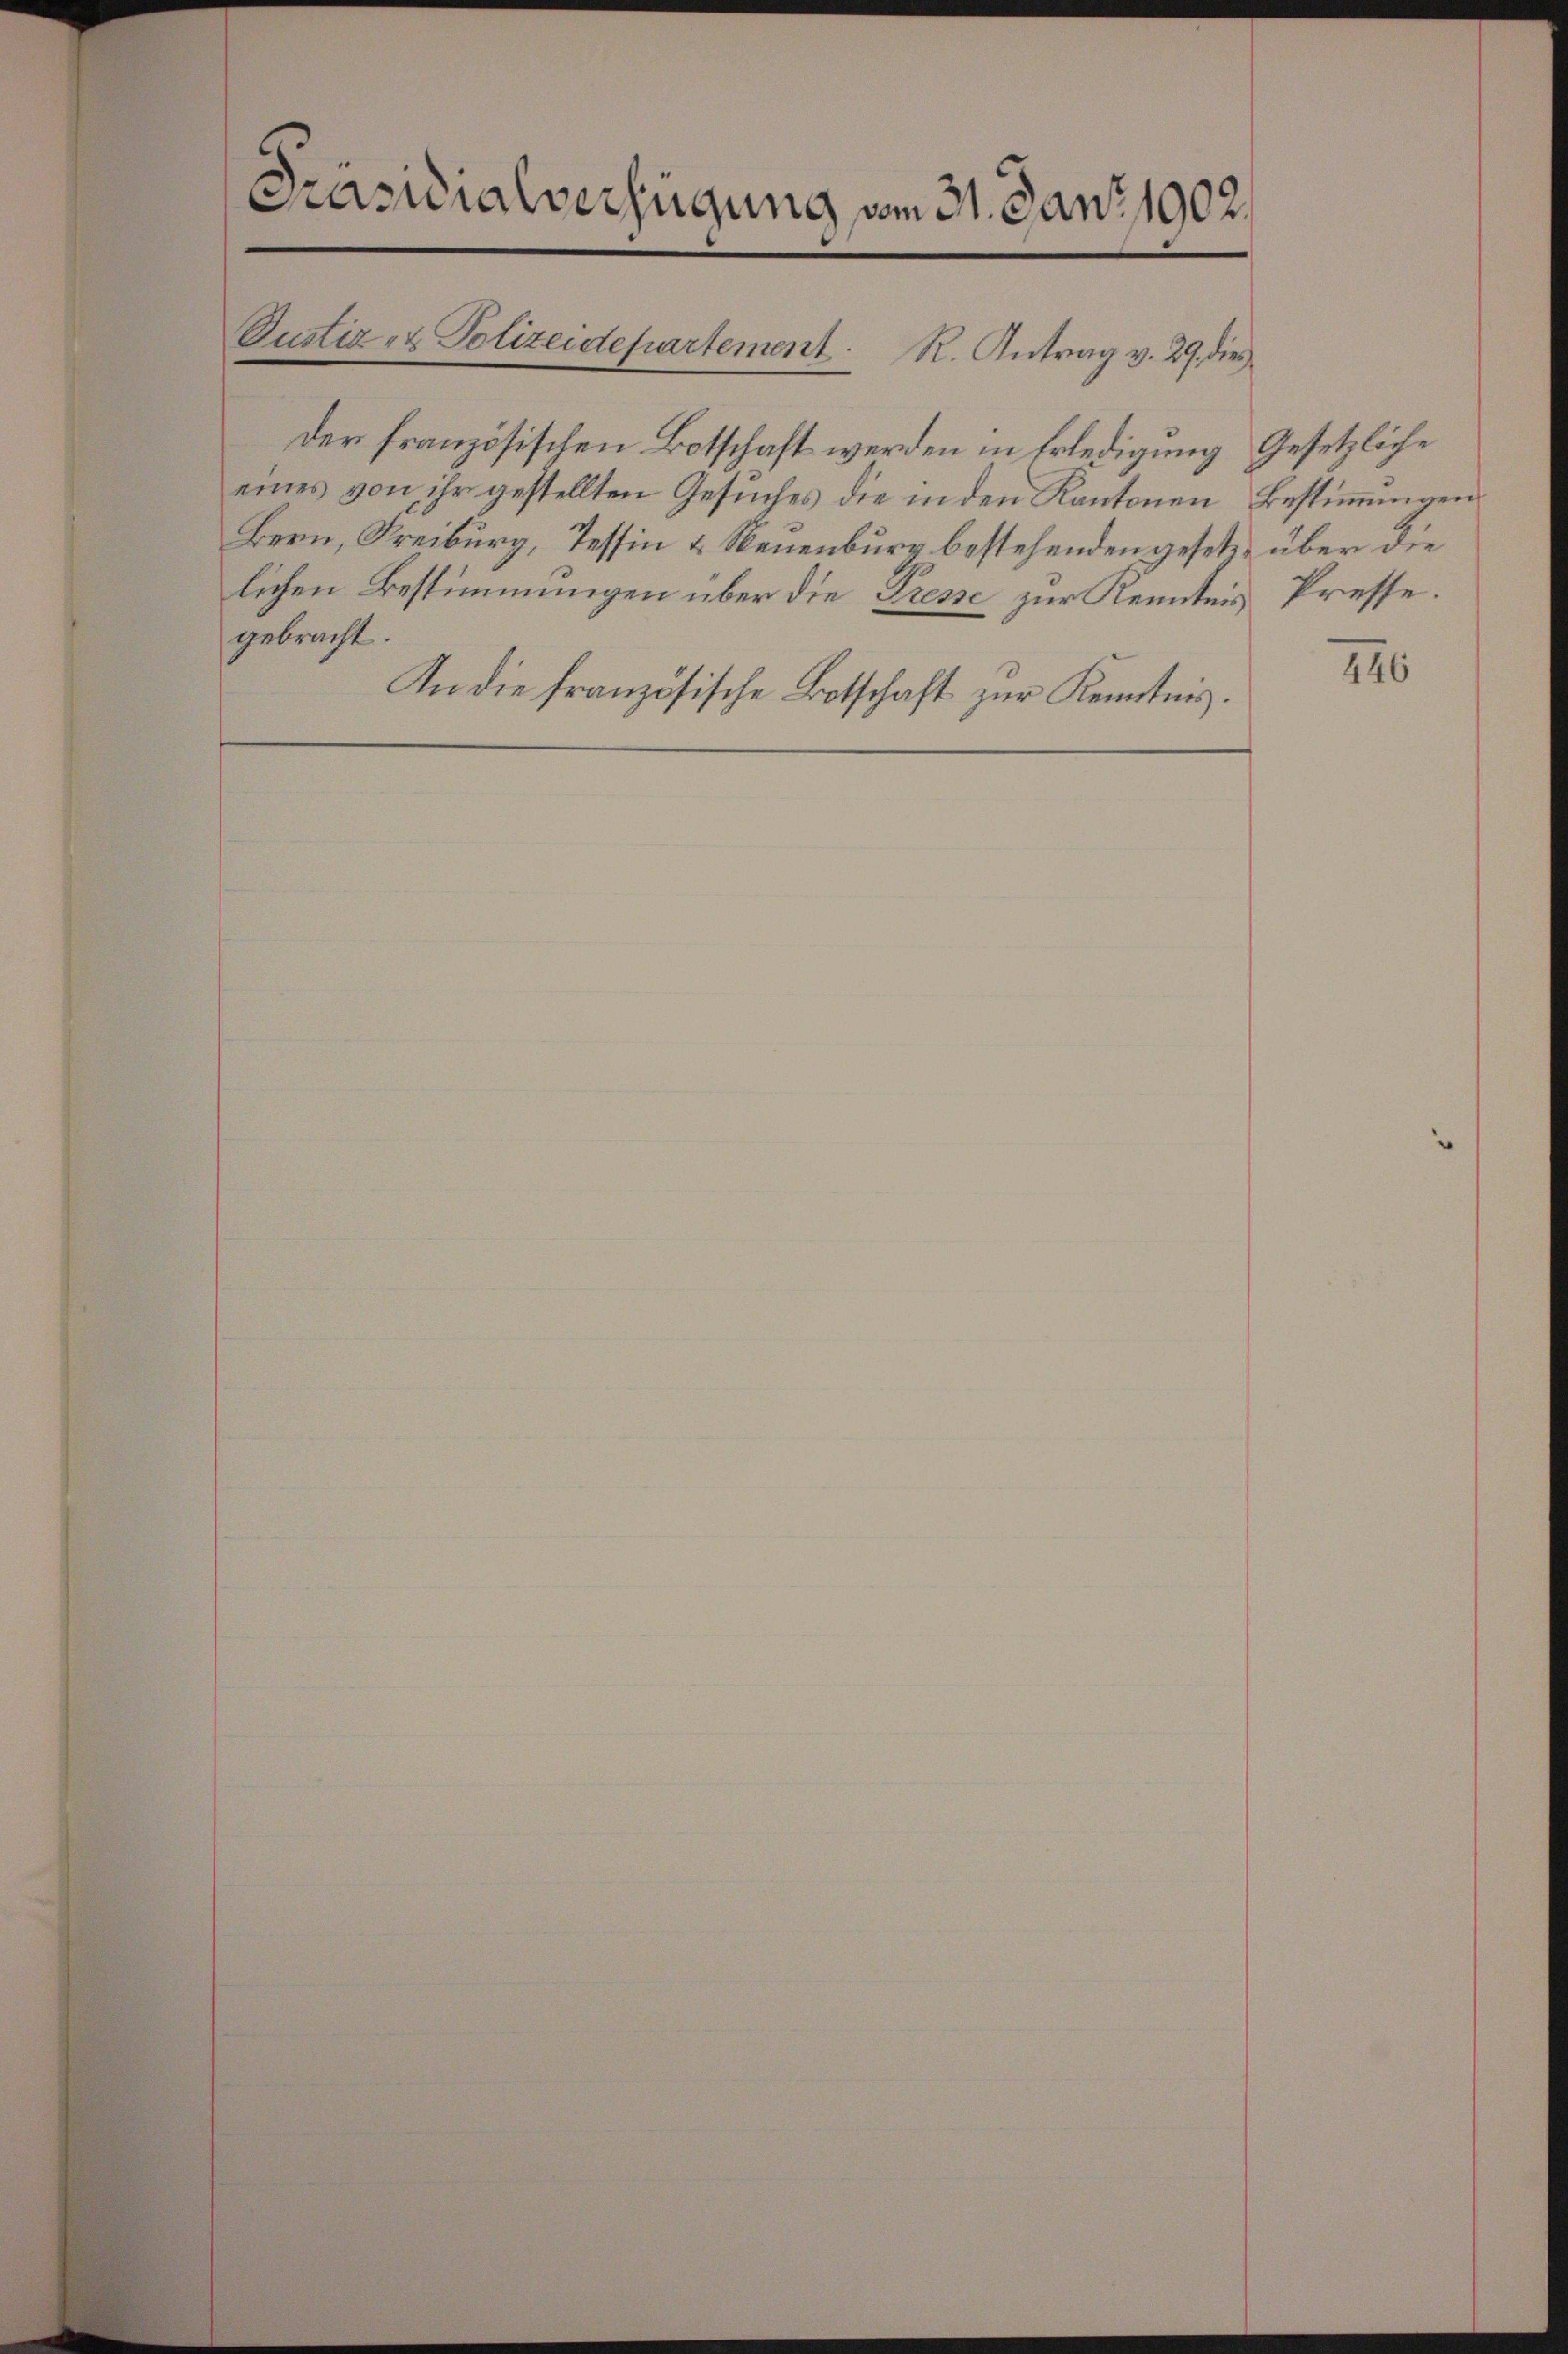
Präsidialverfügung vom 31. Janz 1902.
Justiz- & Polizeidepartement. R. Antrag v. 29. dies

Der französischen Botschaft werden in Erledigung Gesetzliche
eines von ihr gestellten Gesŭches die in den Kantonen Bestiṁŭngen
Bern, Freiburg, Tessin & Neuenburg bestehenden gesetz über die
lichen Bestimmungen über die Presse zur Kenntnis Presse.
gebracht.
An die französische Botschaft zur Kenntnis.

240